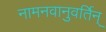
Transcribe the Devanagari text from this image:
नामनवानुवर्तिन्